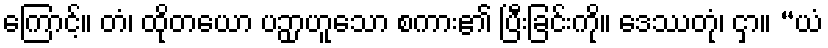
ကြောင့်။ တံ၊ ထိုတယော ပဉှာဟူသော စကား၏ ပြီးခြင်းကို။ ဒေဿတုံ၊ ငှာ။ “ယံ